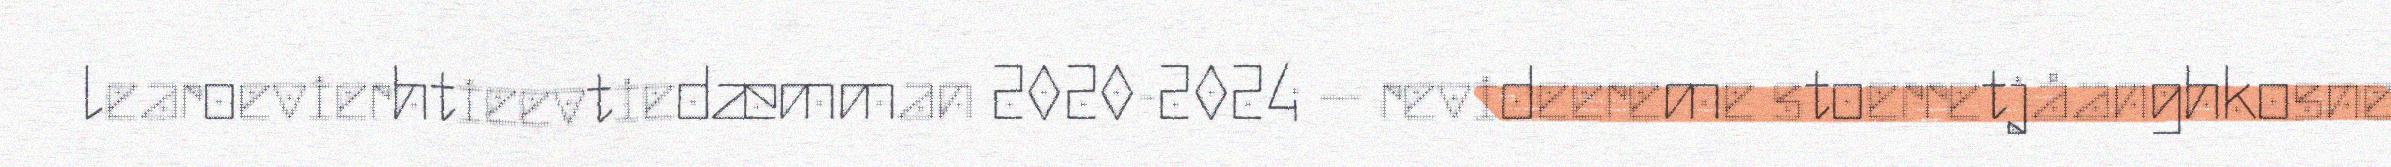
learoevierhtieevtiedæmman 2020-2024 – revideereme stoerretjåanghkosne